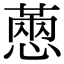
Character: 𢟮